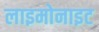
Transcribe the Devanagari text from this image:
लाइमोनाइट